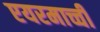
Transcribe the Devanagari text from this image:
एयरमाच्ची